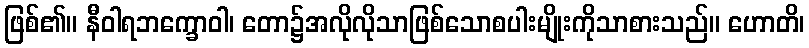
ဖြစ်၏။ နီဝါရဘက္ခောဝါ၊ တော၌အလိုလိုသာဖြစ်သောစပါးမျိုးကိုသာစားသည်။ ဟောတိ၊